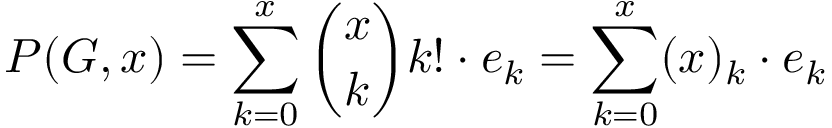
P ( G , x ) = \sum _ { k = 0 } ^ { x } { \binom { x } { k } } k ! \cdot e _ { k } = \sum _ { k = 0 } ^ { x } ( x ) _ { k } \cdot e _ { k }